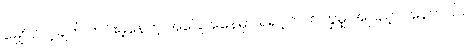
မျှော်လင့်ချက် ကင်းမဲ့နေတဲ့ အခြေအနေမှာ ရဲရင့်တက်ကြွမှု အပြည့် ပါနေတယ်။